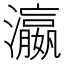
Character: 瀛